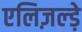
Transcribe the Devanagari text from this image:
एलिज़ल्ड़े